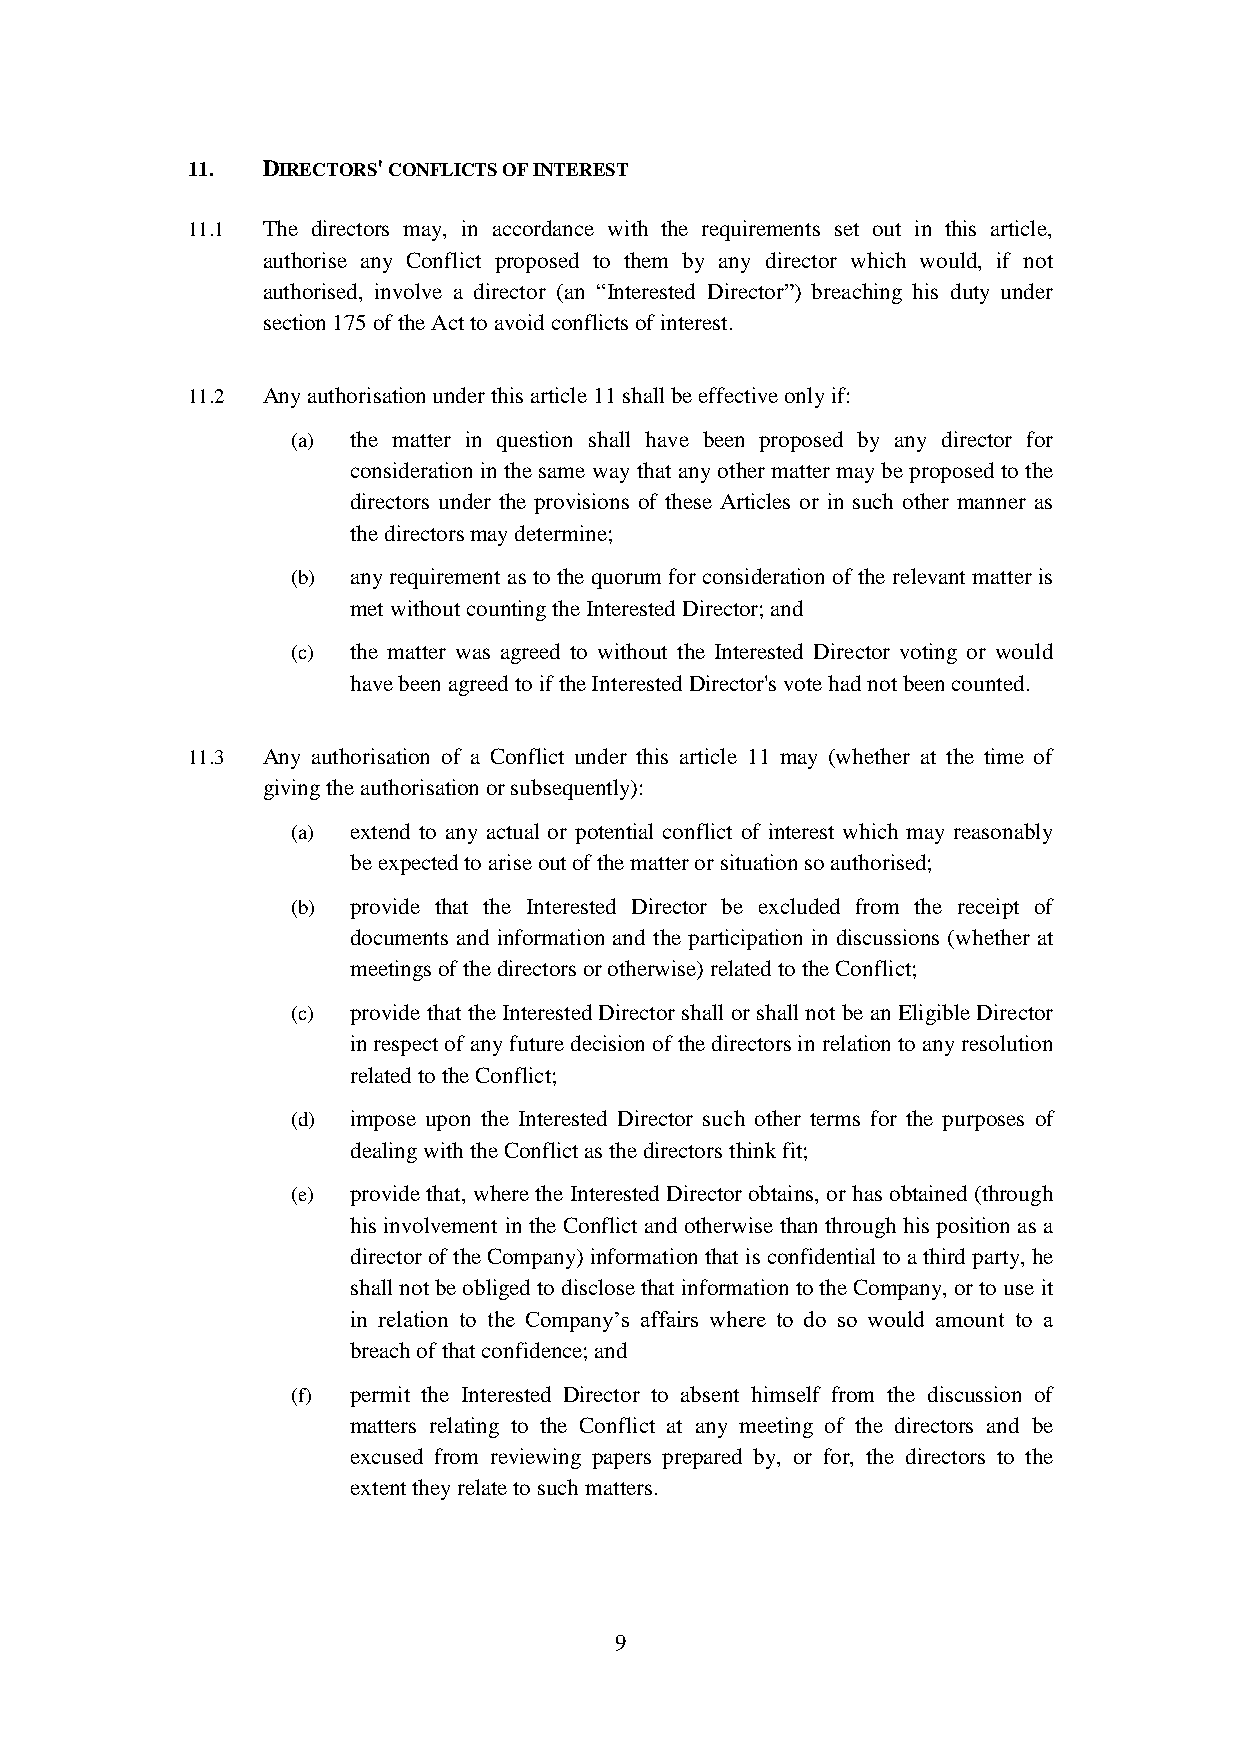
11.  DIRECTORS' CONFLICTS OF INTEREST
 11.1 The directors may, in accordance with the requirements set out in this article,
 authorise any Conflict proposed to them by any director which would, if not
 authorised, involve a director (an “Interested Director”) breaching his duty under
 section 175 of the Act to avoid conflicts of interest.
 11.2 Any authorisation under this article 11 shall be effective only if:
 (a) the matter in question shall have been proposed by any director for
 consideration in the same way that any other matter may be proposed to the
 directors under the provisions of these Articles or in such other manner as
 the directors may determine;
 (b) any requirement as to the quorum for consideration of the relevant matter is
 met without counting the Interested Director; and
 (c) the matter was agreed to without the Interested Director voting or would
 have been agreed to if the Interested Director's vote had not been counted.
 11.3 Any authorisation of a Conflict under this article 11 may (whether at the time of
 giving the authorisation or subsequently):
 (a) extend to any actual or potential conflict of interest which may reasonably
 be expected to arise out of the matter or situation so authorised;
 (b) provide that the Interested Director be excluded from the receipt of
 documents and information and the participation in discussions (whether at
 meetings of the directors or otherwise) related to the Conflict;
 (c) provide that the Interested Director shall or shall not be an Eligible Director
 in respect of any future decision of the directors in relation to any resolution
 related to the Conflict;
 (d) impose upon the Interested Director such other terms for the purposes of
 dealing with the Conflict as the directors think fit;
 (e) provide that, where the Interested Director obtains, or has obtained (through
 his involvement in the Conflict and otherwise than through his position as a
 director of the Company) information that is confidential to a third party, he
 shall not be obliged to disclose that information to the Company, or to use it
 in relation to the Company’s affairs where to do so would amount to a
 breach of that confidence; and
 (f) permit the Interested Director to absent himself from the discussion of
 matters relating to the Conflict at any meeting of the directors and be
 excused from reviewing papers prepared by, or for, the directors to the
 extent they relate to such matters.
 9